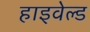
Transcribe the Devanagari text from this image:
हाइवेल्ड